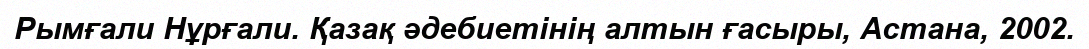
Рымғали Нұрғали. Қазақ әдебиетінің алтын ғасыры, Астана, 2002.